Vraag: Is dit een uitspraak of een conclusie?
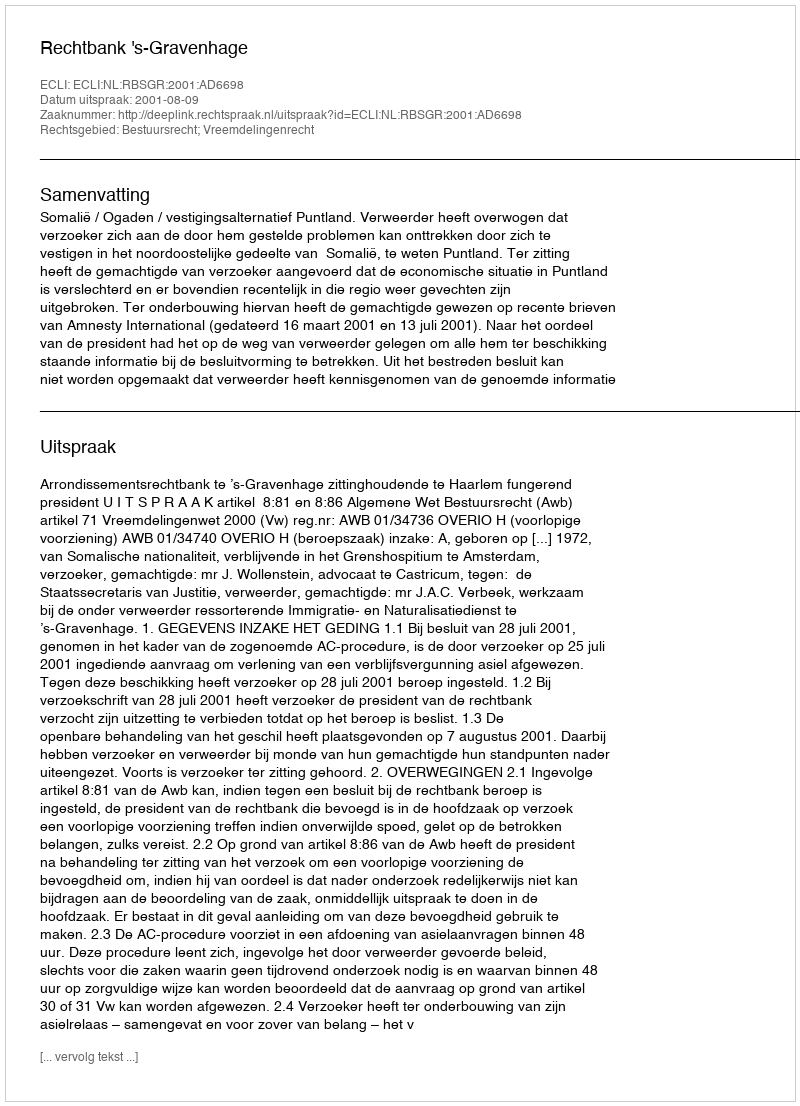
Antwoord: Uitspraak